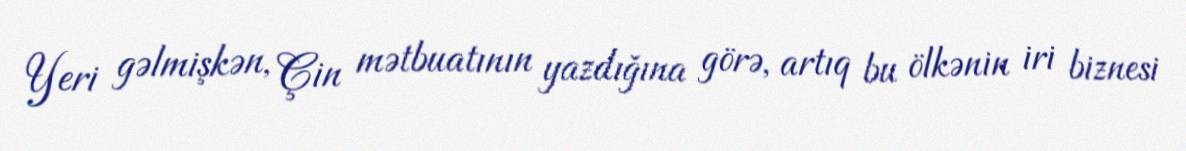
Yeri gəlmişkən, Çin mətbuatının yazdığına görə, artıq bu ölkənin iri biznesi